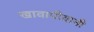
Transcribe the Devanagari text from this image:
खावापीवानी